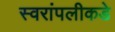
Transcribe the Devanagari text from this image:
स्वरांपलीकडे